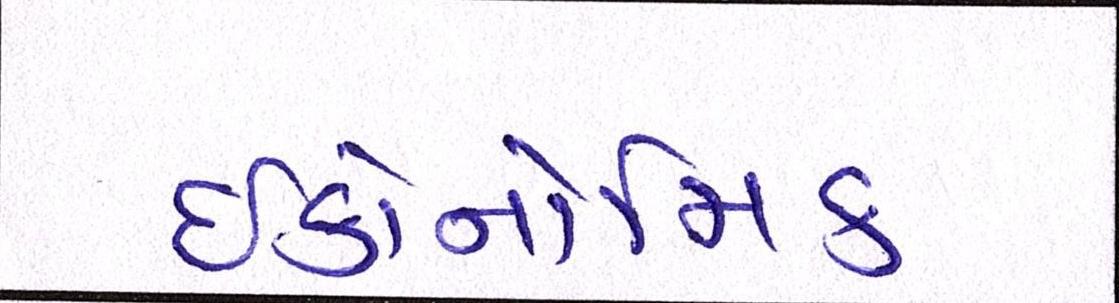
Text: ઈકોનોમિક